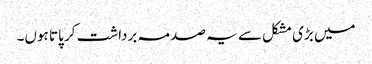
میں بڑی مشکل سے یہ صدمہ برداشت کر پاتا ہوں۔